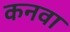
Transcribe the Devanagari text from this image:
कनवा